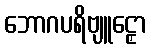
ဘောဂပရိဗျူဠှော